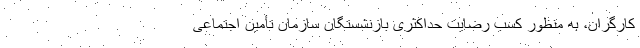
کارگران، به منظور کسب رضایت حداکثری بازنشستگان سازمان تأمین اجتماعی